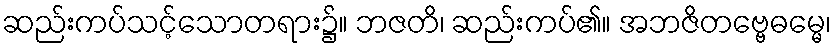
ဆည်းကပ်သင့်သောတရား၌။ ဘဇတိ၊ ဆည်းကပ်၏။ အဘဇိတဗ္ဗေဓမ္မေ၊